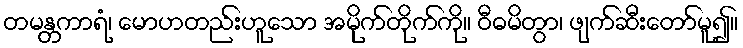
တမန္တကာရံ၊ မောဟတည်းဟူသော အမိုက်တိုက်ကို။ ဝီဓမိတွာ၊ ဖျက်ဆီးတော်မူ၍။